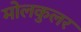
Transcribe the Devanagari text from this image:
मोलकुलर